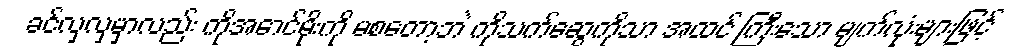
ခင်လှလှမှာလည်း ကိုအောင်မိုးကို မစတော့ဘဲ ကိုသက်ဆွေကိုသာ အထင် ကြီးသော မျက်လုံးများဖြင့်